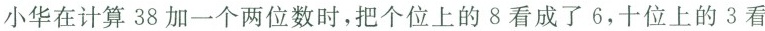
小华在计算38加一个两位数时，把个位上的8看成了6，十位上的3看